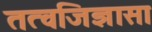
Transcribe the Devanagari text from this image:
तत्वजिज्ञासा